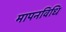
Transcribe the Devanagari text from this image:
मापनविधि